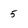
Character: 5